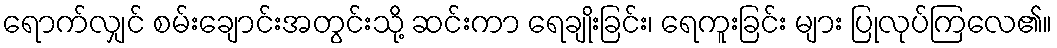
ရောက်လျှင် စမ်းချောင်းအတွင်းသို့ ဆင်းကာ ရေချိုးခြင်း၊ ရေကူးခြင်း များ ပြုလုပ်ကြလေ၏။